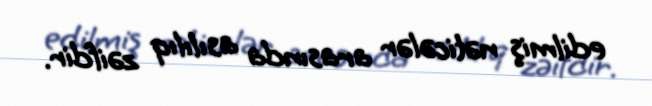
edilmiş nəticələr arasında asılılıq zəifdir.